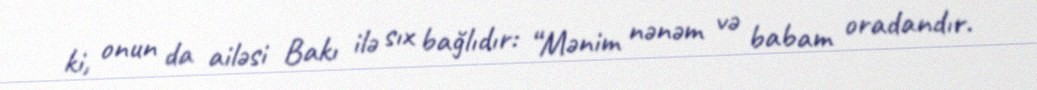
ki, onun da ailəsi Bakı ilə sıx bağlıdır: “Mənim nənəm və babam oradandır.